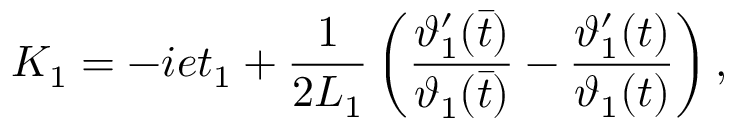
K _ { 1 } = - i e t _ { 1 } + \frac { 1 } { 2 L _ { 1 } } \left( \frac { \vartheta _ { 1 } ^ { \prime } ( \bar { t } ) } { \vartheta _ { 1 } ( \bar { t } ) } - \frac { \vartheta _ { 1 } ^ { \prime } ( t ) } { \vartheta _ { 1 } ( t ) } \right) ,